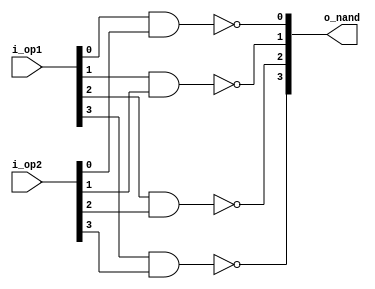
`timescale 1 ns /1 ps

module bitwise_nand(i_op1, i_op2, o_nand);

	input	[ 3:0] i_op1, i_op2;
	output	[ 3:0] o_nand;

	genvar i;

	generate
		for (i=0; i<4; i=i+1) begin:not_and
			nand n (o_nand[i],i_op1[i],i_op2[i]);
		end //nand
	endgenerate

endmodule